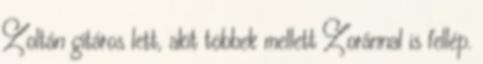
Zoltán gitáros lett, akit többek mellett Zoránnal is fellép.